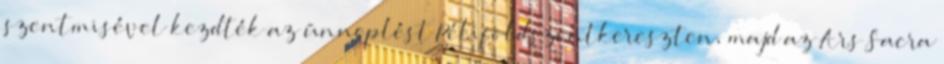
szentmisével kezdték az ünneplést Péliföldszentkereszten, majd az Ars Sacra